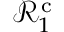
\mathcal { R } _ { 1 } ^ { \mathrm { c } }